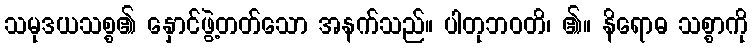
သမုဒယသစ္စ၏ နှောင်ဖွဲ့တတ်သော အနက်သည်။ ပါတုဘဝတိ၊ ၏။ နိရောဓ သစ္စာကို